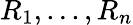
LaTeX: R_{1},...,R_{n}